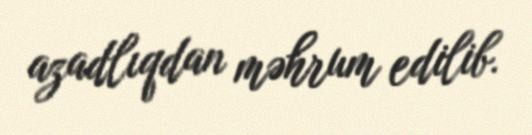
azadlıqdan məhrum edilib.